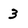
Character: 3